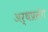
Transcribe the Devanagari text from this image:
अर्थप्रसंग